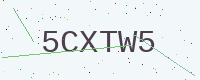
Text: 5CXTW5